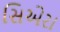
સિએરા